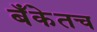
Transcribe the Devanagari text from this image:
बँकेतच